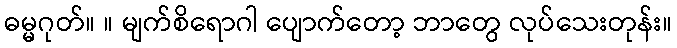
ဓမ္မဂုတ်။ ။ မျက်စိရောဂါ ပျောက်တော့ ဘာတွေ လုပ်သေးတုန်း။